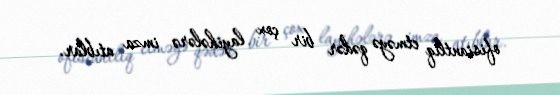
ofisiantlıq etməyə qədər bir çox layihələrə imza atıblar.